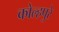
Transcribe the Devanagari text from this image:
कोल्हपुरे